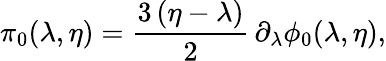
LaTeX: \pi_{0}(\lambda,\eta)={\frac{3\, (\eta-\lambda)}{2}}\, \partial_{\lambda}\phi_{0}(\lambda,\eta),